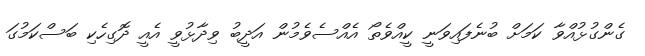
ގެންގުޅުއްވާ ކަމަށް ބުނެފައިވަނީ ކީއްވެތޯ އެއްސެވެމުން އަދީބު ވިދާޅުވީ އެއީ ދޮގިހެކި ބަސްކަމުގަ